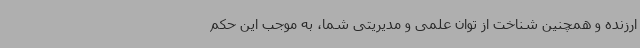
ارزنده و همچنین شناخت از توان علمی و مدیریتی شما، به موجب این حکم